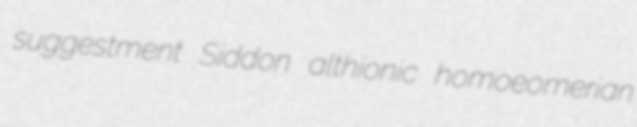
suggestment Siddon althionic homoeomerian